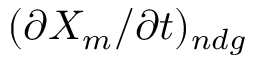
( \partial X _ { m } / \partial t ) _ { n d g }